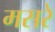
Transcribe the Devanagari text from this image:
मसरे